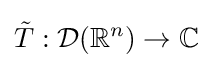
{\tilde {T}}:{\mathcal {D}}(\mathbb {R} ^{n})\to \mathbb {C}